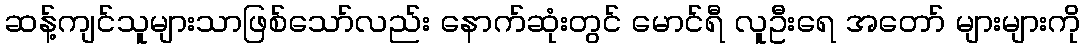
ဆန့်ကျင်သူများသာဖြစ်သော်လည်း နောက်ဆုံးတွင် မောင်ရီ လူဦးရေ အတော် များများကို